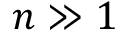
n \gg 1